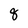
Character: 8